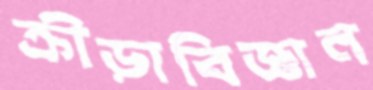
ক্রীড়াবিজ্ঞান